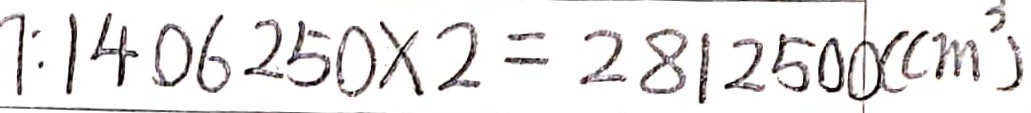
7 : 1 4 0 6 2 5 0 \times 2 = 2 8 1 2 5 0 0 ( c m ^ { 3 } )